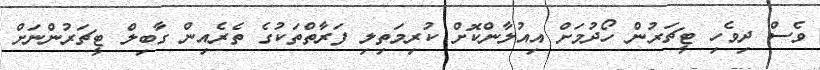
ވެސް ދިވެހި ޓީޗަރުން ހޯދުމަށް އިއުލާންކޮށް ކުރިމަތިލި ފަރާތްތަކުގެ ތެރެއިން ގާބިލް ޓީޗަރުންނަށް